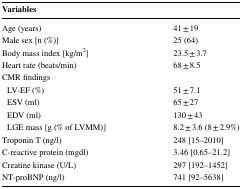
| Variables |  |
 | --- | --- |
 | Age (years) | 41 ± 19 |
 | Male sex [n (%)] | 25 (64) |
 | Body mass index [kg/m2] | 23.5 ± 3.7 |
 | Heart rate (beats/min) | 68 ± 8.5 |
 | <COLSPAN=2> CMR findings |
 | LV-EF (%) | 51 ± 7.1 |
 | ESV (ml) | 65 ± 27 |
 | EDV (ml) | 130 ± 43 |
 | LGE mass [g (% of LVMM)] | 8.2 ± 3.6 (8 ± 2.9%) |
 | Troponin T (ng/l) | 248 [15–2010] |
 | C-reactive protein (mgdl) | 3.46 [0.65–21.2] |
 | Creatine kinase (U/L) | 297 [192–1452] |
 | NT-proBNP (ng/l) | 741 [92–5638] |